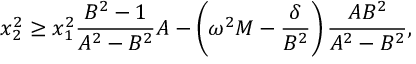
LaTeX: x _ { 2 } ^ { 2 } \geq x _ { 1 } ^ { 2 } \frac { B ^ { 2 } - 1 } { A ^ { 2 } - B ^ { 2 } } A - \left( \omega ^ { 2 } M - \frac { \delta } { B ^ { 2 } } \right) \frac { A B ^ { 2 } } { A ^ { 2 } - B ^ { 2 } } ,